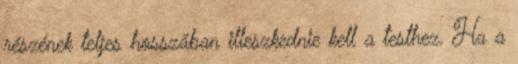
részének teljes hosszában illeszkednie kell a testhez. Ha a